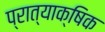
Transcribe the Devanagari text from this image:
प्रात्याक्षिक